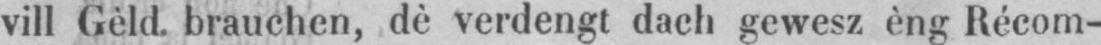
vill Gèld brauchen, dè verdengt dach gewesz èng Récom-